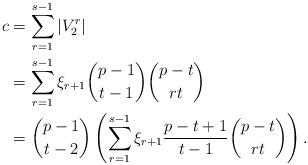
LaTeX: \begin{align*}c&=\sum_{r=1}^{s-1}|V_2^r|\\&=\sum_{r=1}^{s-1}\xi_{r+1}\binom{p-1}{t-1}\binom{p-t}{rt}\\&=\binom{p-1}{t-2}\left(\sum_{r=1}^{s-1} \xi_{r+1} \frac{p-t+1}{t-1}\binom{p-t}{rt}\right).\end{align*}